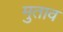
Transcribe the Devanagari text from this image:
मुताव